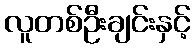
လူတစ်ဦးချင်းနှင့်